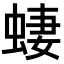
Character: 𫋂